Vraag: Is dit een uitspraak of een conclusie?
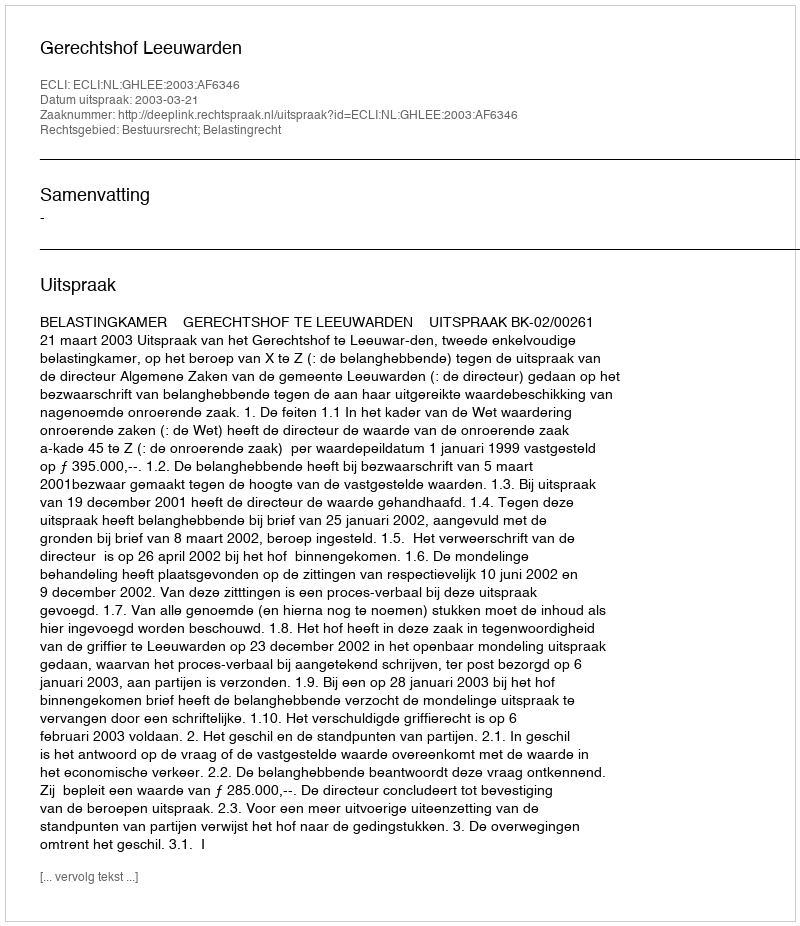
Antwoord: Uitspraak